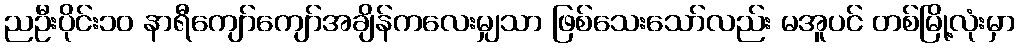
ညဦးပိုင်း၁၀ နာရီကျော်ကျော်အချိန်ကလေးမျှသာ ဖြစ်သေးသော်လည်း မအူပင် တစ်မြို့လုံးမှာ